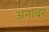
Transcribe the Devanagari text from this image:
अनाबर